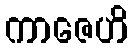
ကာဇေဟိ